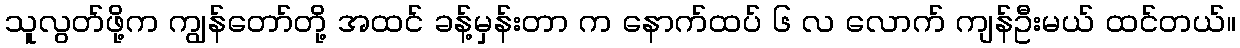
သူလွတ်ဖို့က ကျွန်တော်တို့ အထင် ခန့်မှန်းတာ က နောက်ထပ် ၆ လ လောက် ကျန်ဦးမယ် ထင်တယ်။